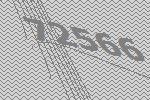
72566